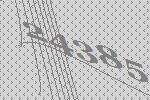
24385